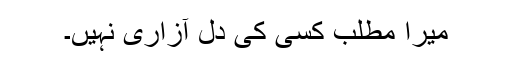
میرا مطلب کسی کی دل آزاری نہیں۔